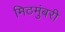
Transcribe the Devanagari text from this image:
मिठमुंबरी